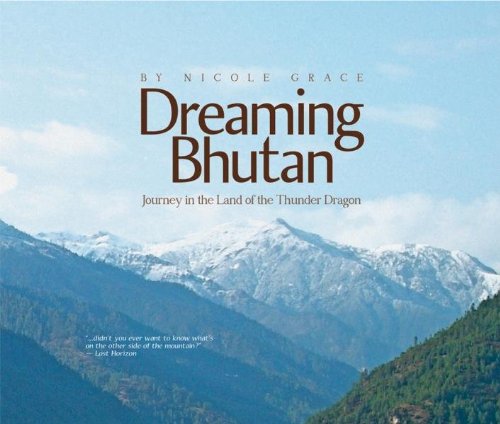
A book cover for Dreaming Bhutan: Journey in the Land of the Thunder Dragon; Nicole Grace; Travel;